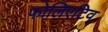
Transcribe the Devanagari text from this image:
फोलिएटिव